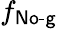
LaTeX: f_{\textsf{No-g}}